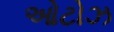
ઓટોઝ